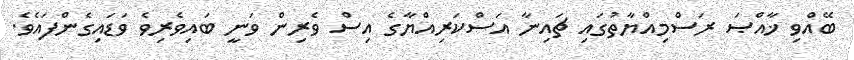
ބޭއްވި ޚާއްްޞަ ރަސްމިއްޔާތުގައި ޗައިނާ އަސްކަރިއްޔާގެ އިސް ވެރިން ވަނީ ބައިވެރިވެ ވަޑައިގެންފައެވެ.